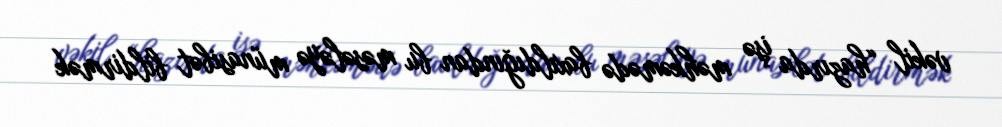
vəkil “hazırda işə məhkəmədə baxıldığından bu məsələyə münasibət bildirmək